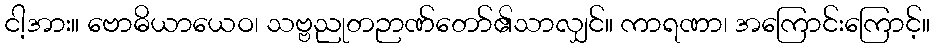
ငါ့အား။ ဗောဓိယာယေဝ၊ သဗ္ဗညုတဉာဏ်တော်၏သာလျှင်။ ကာရဏာ၊ အကြောင်းကြောင့်။